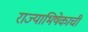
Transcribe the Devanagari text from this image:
राज्याभिषेकाची